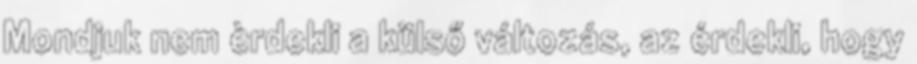
Mondjuk nem èrdekli a külső változás, az érdekli, hogy